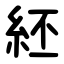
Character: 䋔